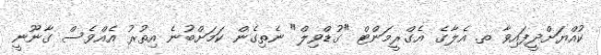
ކުއްޔަށްދީފައިވާ ތ. އެލާގެ އެގްރީމަންޓް "ގުޑްވިލް" ނެތިގެން ކަމަށްބުނެ އިތުރު އެއްވެސް ގާނޫނީ